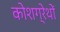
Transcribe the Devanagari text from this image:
कोशग्रेथों